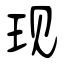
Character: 现